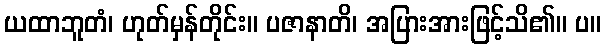
ယထာဘူတံ၊ ဟုတ်မှန်တိုင်း။ ပဇာနာတိ၊ အပြားအားဖြင့်သိ၏။ ပ။